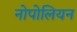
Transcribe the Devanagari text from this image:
नोपोलियन